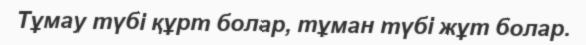
Тұмау түбі құрт болар, тұман түбі жұт болар.